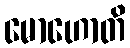
မောဟောတိ